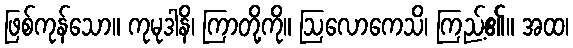
ဖြစ်ကုန်သော။ ကုမုဒါနိ၊ ကြာတို့ကို။ ဩလောကေသိ၊ ကြည့်၏။ အထ၊